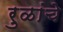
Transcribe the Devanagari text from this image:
रुळांचे